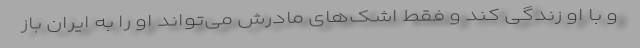
و با او زندگی کند و فقط اشک‌های مادرش می‌تواند او را به ایران باز